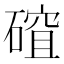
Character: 𥕅